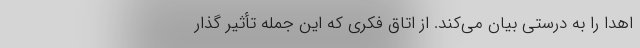
اهدا را به درستی بیان می‌کند. از اتاق فکری که این جمله تأثیر گذار